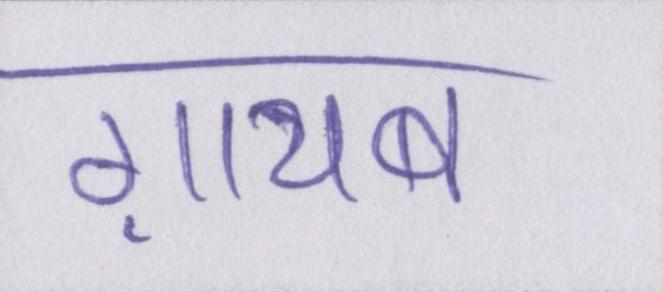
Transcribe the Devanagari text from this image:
ग़ायब